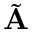
\tilde { \textbf { A } }